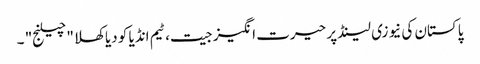
پاکستان کی نیوزی لینڈ پر حیرت انگیز جیت، ٹیم انڈیا کو دیا کھلا "چیلنج" ۔